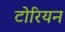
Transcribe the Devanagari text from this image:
टोरियन